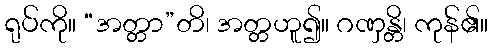
ရုပ်ကို။ “အတ္တာ”တိ၊ အတ္တဟူ၍။ ဂဏှန္တိ၊ ကုန်၏။